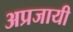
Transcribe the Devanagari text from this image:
अप्रजायी